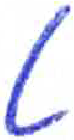
אות: ט